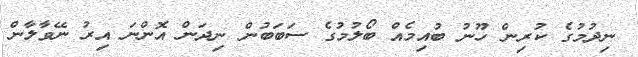
ނިދުމުގެ ކުރިން ހޫނު ބުއިމެއް ބޯލުމުގެ ސަބަބުން ނިދަން އޮންނަ އިރު ނޭވާލާން